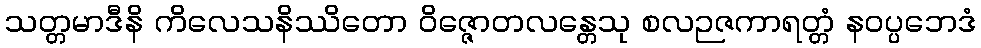
သတ္တမာဒီနိ ကိလေသနိဿိတော ဝိဇ္ဇောတလန္တေသု စလဉဇကာရတ္တံ နဝပ္ပဘေဒံ